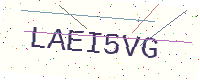
Text: LAEI5VG